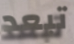
تبعد